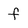
Character: f